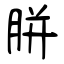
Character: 胼